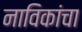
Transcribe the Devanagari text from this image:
नाविकांचा